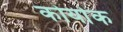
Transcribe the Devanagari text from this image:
कोर्याक